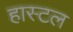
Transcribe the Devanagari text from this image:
हास्टल